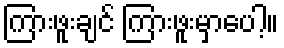
ကြားဖူးချင် ကြားဖူးမှာပေါ့။